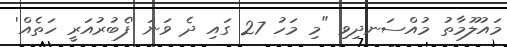
މައުލޫމާތު މުއްސަނދިވި "މި މަހު 27 ގައި ދެ ވަނަ 'ފެބުރުއަރީ ހަތެއް'